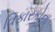
વિકારકોના